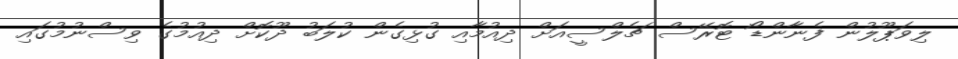
ލިވަޕޫލުން ފެނާންޑޯ ޓޮރޭސް ޗެލްސީއަށް ދިއުމާއި ގުޅިގެން ކުލަބު ދޫކޮށް ދިއުމުގެ ވިސްނުމުގައި